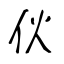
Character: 伙